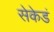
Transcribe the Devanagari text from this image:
सेकेडं